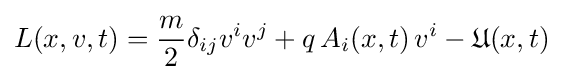
L(x,v,t)={\frac {m}{2}}\delta _{ij}v^{i}v^{j}+q\,A_{i}(x,t)\,v^{i}-{\mathfrak {U}}(x,t)